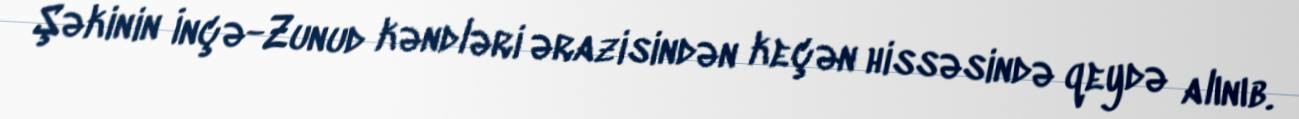
Şəkinin İnçə-Zunud kəndləri ərazisindən keçən hissəsində qeydə alınıb.